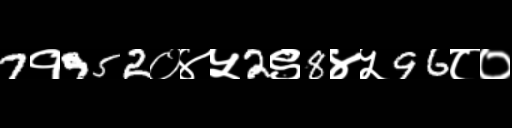
Text: 7१952०४५2९8४५96८०